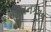
જીવનકવન